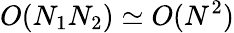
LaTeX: O(N_{1}N_{2})\simeq O(N^{2})